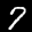
Label: 7